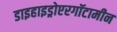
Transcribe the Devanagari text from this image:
डाइहाइड्रोएरगॉटामीन